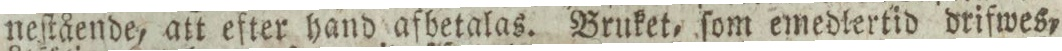
neſtående, att efter hand afbetalas. Bruket, ſom emedlertid drifwes,